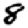
Digit: 8